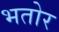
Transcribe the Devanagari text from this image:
भतोर